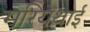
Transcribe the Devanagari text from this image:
मरियथाई